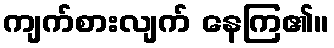
ကျက်စားလျက် နေကြ၏။